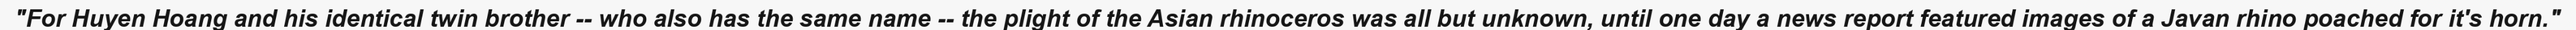
"For Huyen Hoang and his identical twin brother -- who also has the same name -- the plight of the Asian rhinoceros was all but unknown, until one day a news report featured images of a Javan rhino poached for it's horn."